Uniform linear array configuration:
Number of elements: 12
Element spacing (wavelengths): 0.25
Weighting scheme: kaiser
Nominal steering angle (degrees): -15
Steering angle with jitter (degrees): -15.779
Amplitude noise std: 0.05
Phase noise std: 0.05

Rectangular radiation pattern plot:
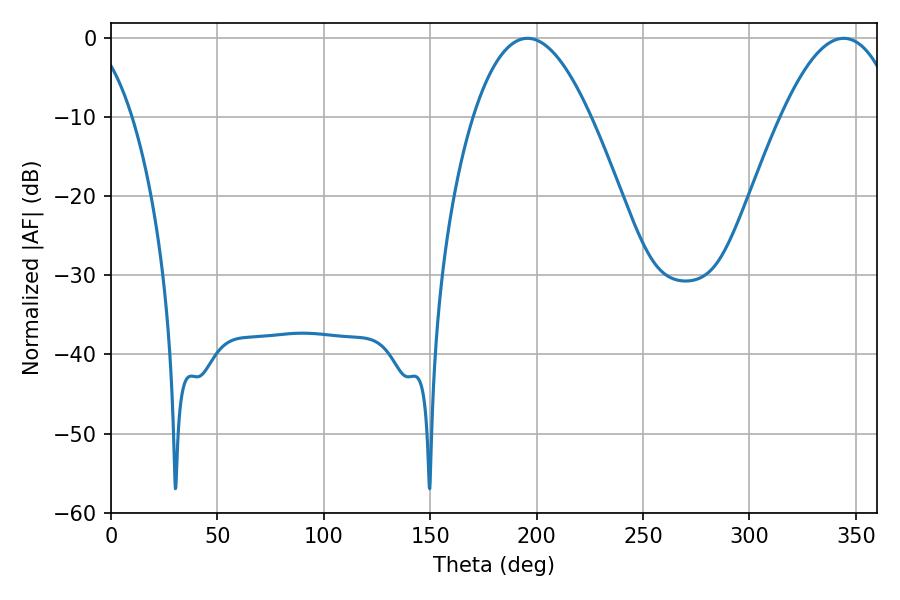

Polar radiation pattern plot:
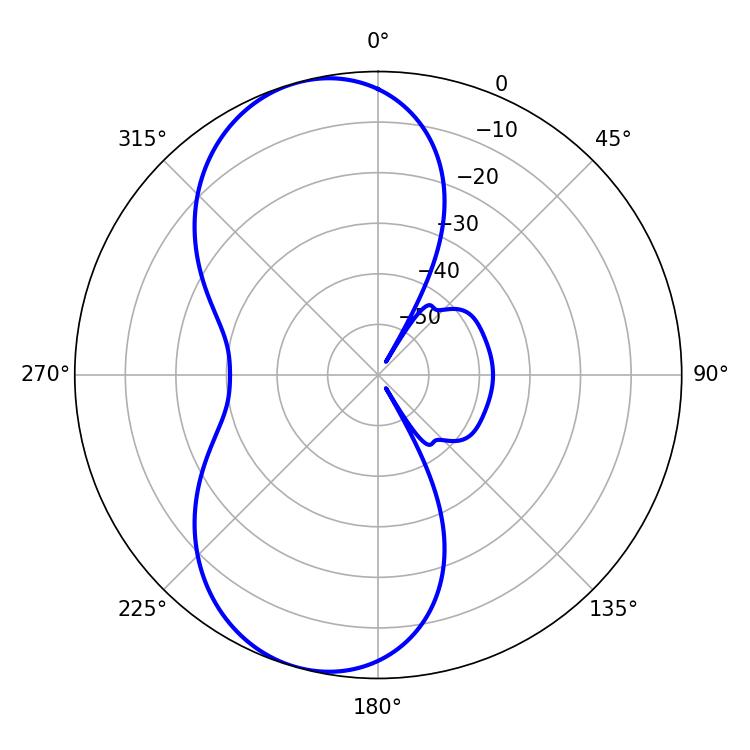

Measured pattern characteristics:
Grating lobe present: FALSE
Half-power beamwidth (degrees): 30.24
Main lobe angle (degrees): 195.66